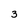
Character: 3